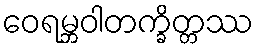
ဝေရမ္ဘဝါတက္ခိတ္တဿ